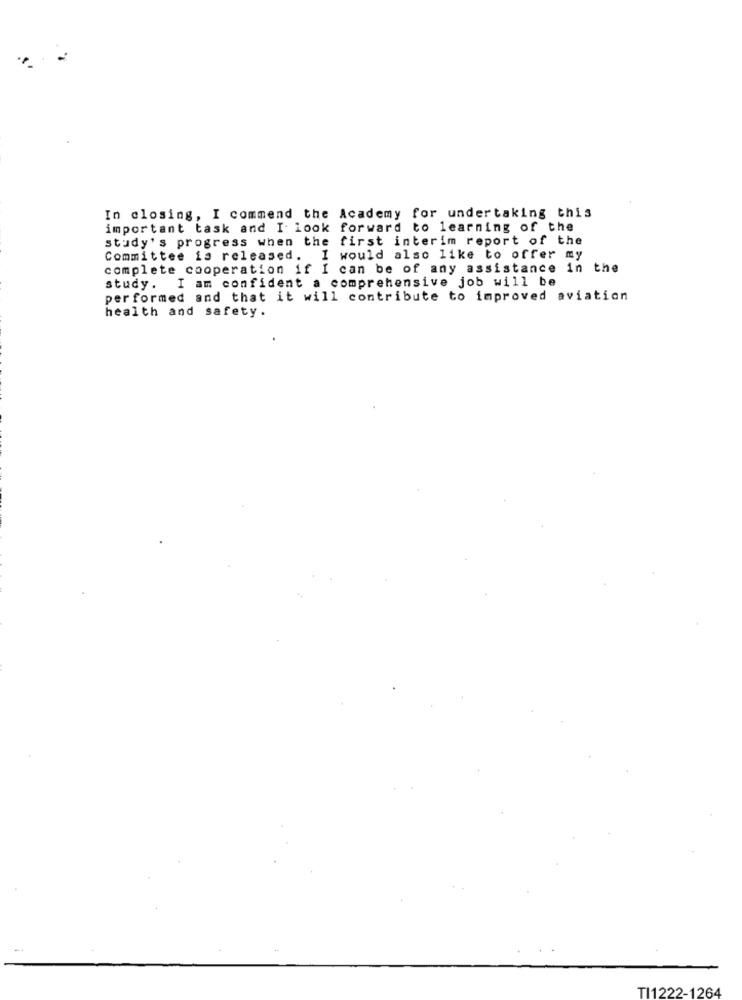
In closing, I commend the Academy for undertaking this
important task and I look forward to learning of the
study's progress when the first interim report of the
Committee is released. I would also like to offer my
complete cooperation if I can be of any assistance in the
study. I am confident a comprehensive job will be
performed and that it will contribute to improved aviation
health and safety.
TI1222-1264